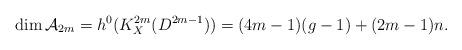
LaTeX: \begin{align*}\dim \mathcal{A}_{2m} = h^0(K_{X}^{2m}(D^{2m-1}))= (4m-1)(g-1)+(2m-1)n.\end{align*}